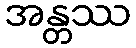
အန္တဿ